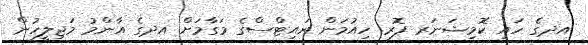
އދގެ ހައި ކޮމިޝަނަރ ފޮރ ހިއުމަން ރައިޓްސްގެ މަގާމަށް އދގެ އާންމު މަޖިލީހުން